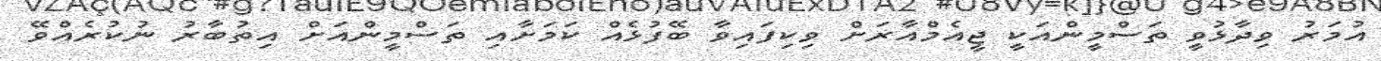
އުމަރު ވިދާޅުވީ ތަސްމީންއަކީ ޖީއެމްއާރަށް ވިކިފައިވާ ބޭފުޅެއް ކަމަށާއި ތަސްމީންއަށް އިތުބާރު ނުކުރެއްވޭ